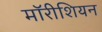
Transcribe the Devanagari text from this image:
मॉरीशियन